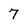
Character: 7